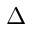
\Delta